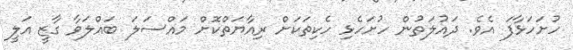
ހުށަހަޅާފަ އެވެ. ދައުލަތުން ހުށަހެޅި ހެކިތަކަށް ރިއާޔަތްކޮށް މައްސަލަ ބައްލަވާ ގާޒީ އަލީ